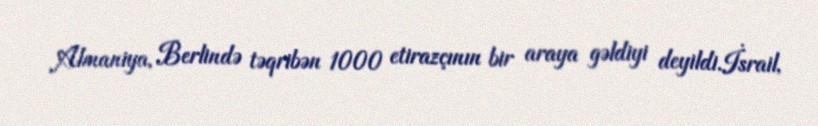
Almaniya, Berlində təqribən 1000 etirazçının bir araya gəldiyi deyildi.İsrail,